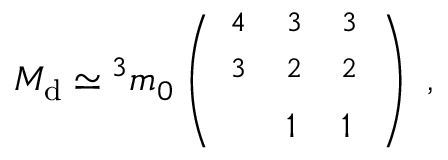
M _ { \mathrm { d } } \simeq \l ^ { 3 } m _ { 0 } \left( \begin{array} { l l l } { { \l ^ { 4 } } } & { { \l ^ { 3 } } } & { { \l ^ { 3 } } } \\ { { \l ^ { 3 } } } & { { \l ^ { 2 } } } & { { \l ^ { 2 } } } \\ { { \l } } & { { 1 } } & { { 1 } } \end{array} \right) \ ,